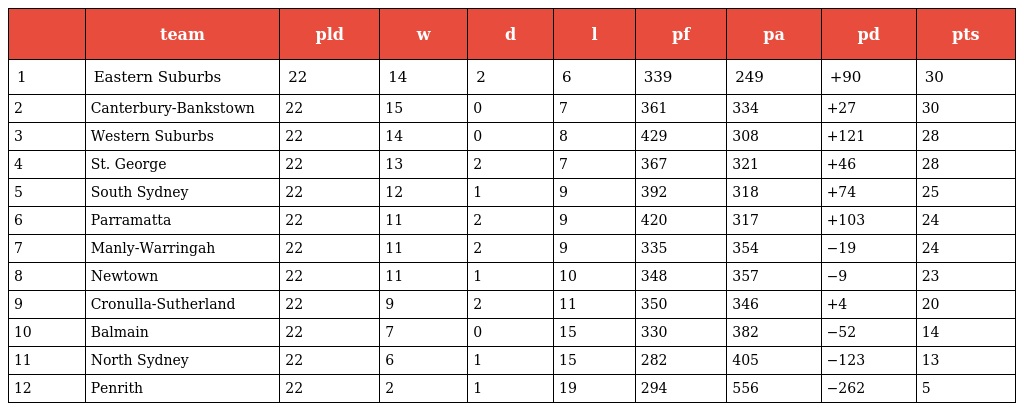
|  | team | pld | w | d | l | pf | pa | pd | pts |
 | --- | --- | --- | --- | --- | --- | --- | --- | --- | --- |
 | 1 | Eastern Suburbs | 22 | 14 | 2 | 6 | 339 | 249 | +90 | 30 |
 | 2 | Canterbury-Bankstown | 22 | 15 | 0 | 7 | 361 | 334 | +27 | 30 |
 | 3 | Western Suburbs | 22 | 14 | 0 | 8 | 429 | 308 | +121 | 28 |
 | 4 | St. George | 22 | 13 | 2 | 7 | 367 | 321 | +46 | 28 |
 | 5 | South Sydney | 22 | 12 | 1 | 9 | 392 | 318 | +74 | 25 |
 | 6 | Parramatta | 22 | 11 | 2 | 9 | 420 | 317 | +103 | 24 |
 | 7 | Manly-Warringah | 22 | 11 | 2 | 9 | 335 | 354 | −19 | 24 |
 | 8 | Newtown | 22 | 11 | 1 | 10 | 348 | 357 | −9 | 23 |
 | 9 | Cronulla-Sutherland | 22 | 9 | 2 | 11 | 350 | 346 | +4 | 20 |
 | 10 | Balmain | 22 | 7 | 0 | 15 | 330 | 382 | −52 | 14 |
 | 11 | North Sydney | 22 | 6 | 1 | 15 | 282 | 405 | −123 | 13 |
 | 12 | Penrith | 22 | 2 | 1 | 19 | 294 | 556 | −262 | 5 |